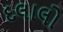
દલાલો